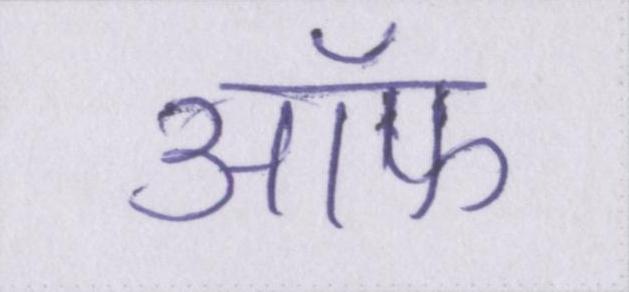
ऑफ